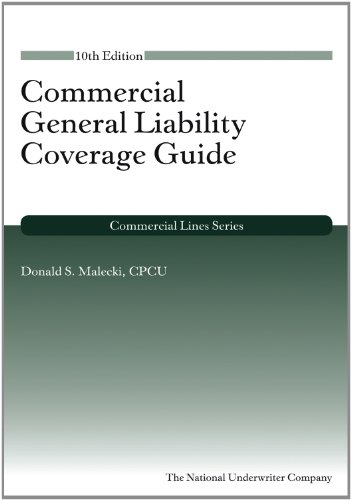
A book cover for Commercial General Liability Coverage Guide, 10th Edition (Commercial Lines Series); Donald S. Malecki CPCU; Business & Money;